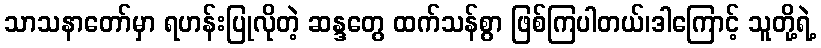
သာသနာတော်မှာ ရဟန်းပြုလိုတဲ့ ဆန္ဒတွေ ထက်သန်စွာ ဖြစ်ကြပါတယ်၊ဒါကြောင့် သူတို့ရဲ့